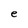
Character: e